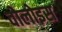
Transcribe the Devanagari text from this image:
वोलोइस